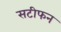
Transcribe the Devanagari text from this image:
सटीफन